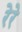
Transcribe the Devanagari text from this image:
रेरे